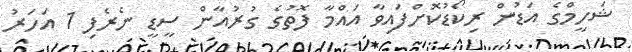
ޝަހީމްގެ އަޑުން ރިކޯޑުކޮށްފައިވާ އައްމާ ފޮތުގެ ގުރުއާން ސީޑީ ނެރެފި 1 އަހަރު